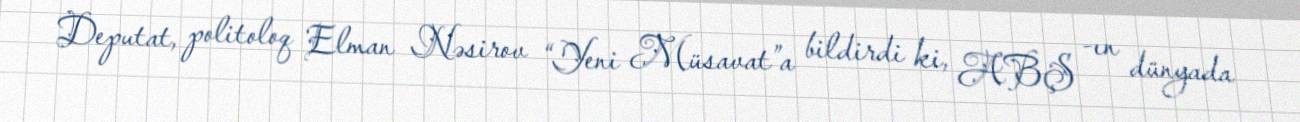
Deputat, politoloq Elman Nəsirov “Yeni Müsavat”a bildirdi ki, ABŞ -ın dünyada